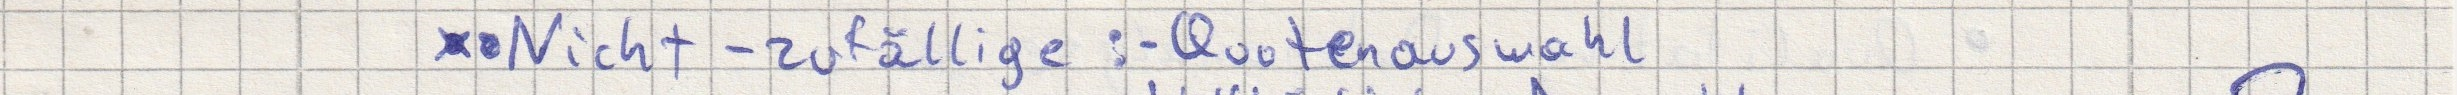
- Nicht-zufällige: - Quotenauswahl